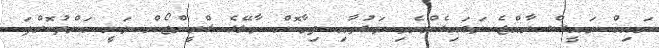
ނައިބް ރައީސް ރާއްޖެ ވަޑައިގެންނެވި ވަގުތާއި ދިމާކޮށް މާލޭގެ ގްރީންޒޯން ވަނީ ބަންދުކޮށްފަ